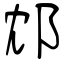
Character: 邥